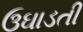
ઉઘાડતી